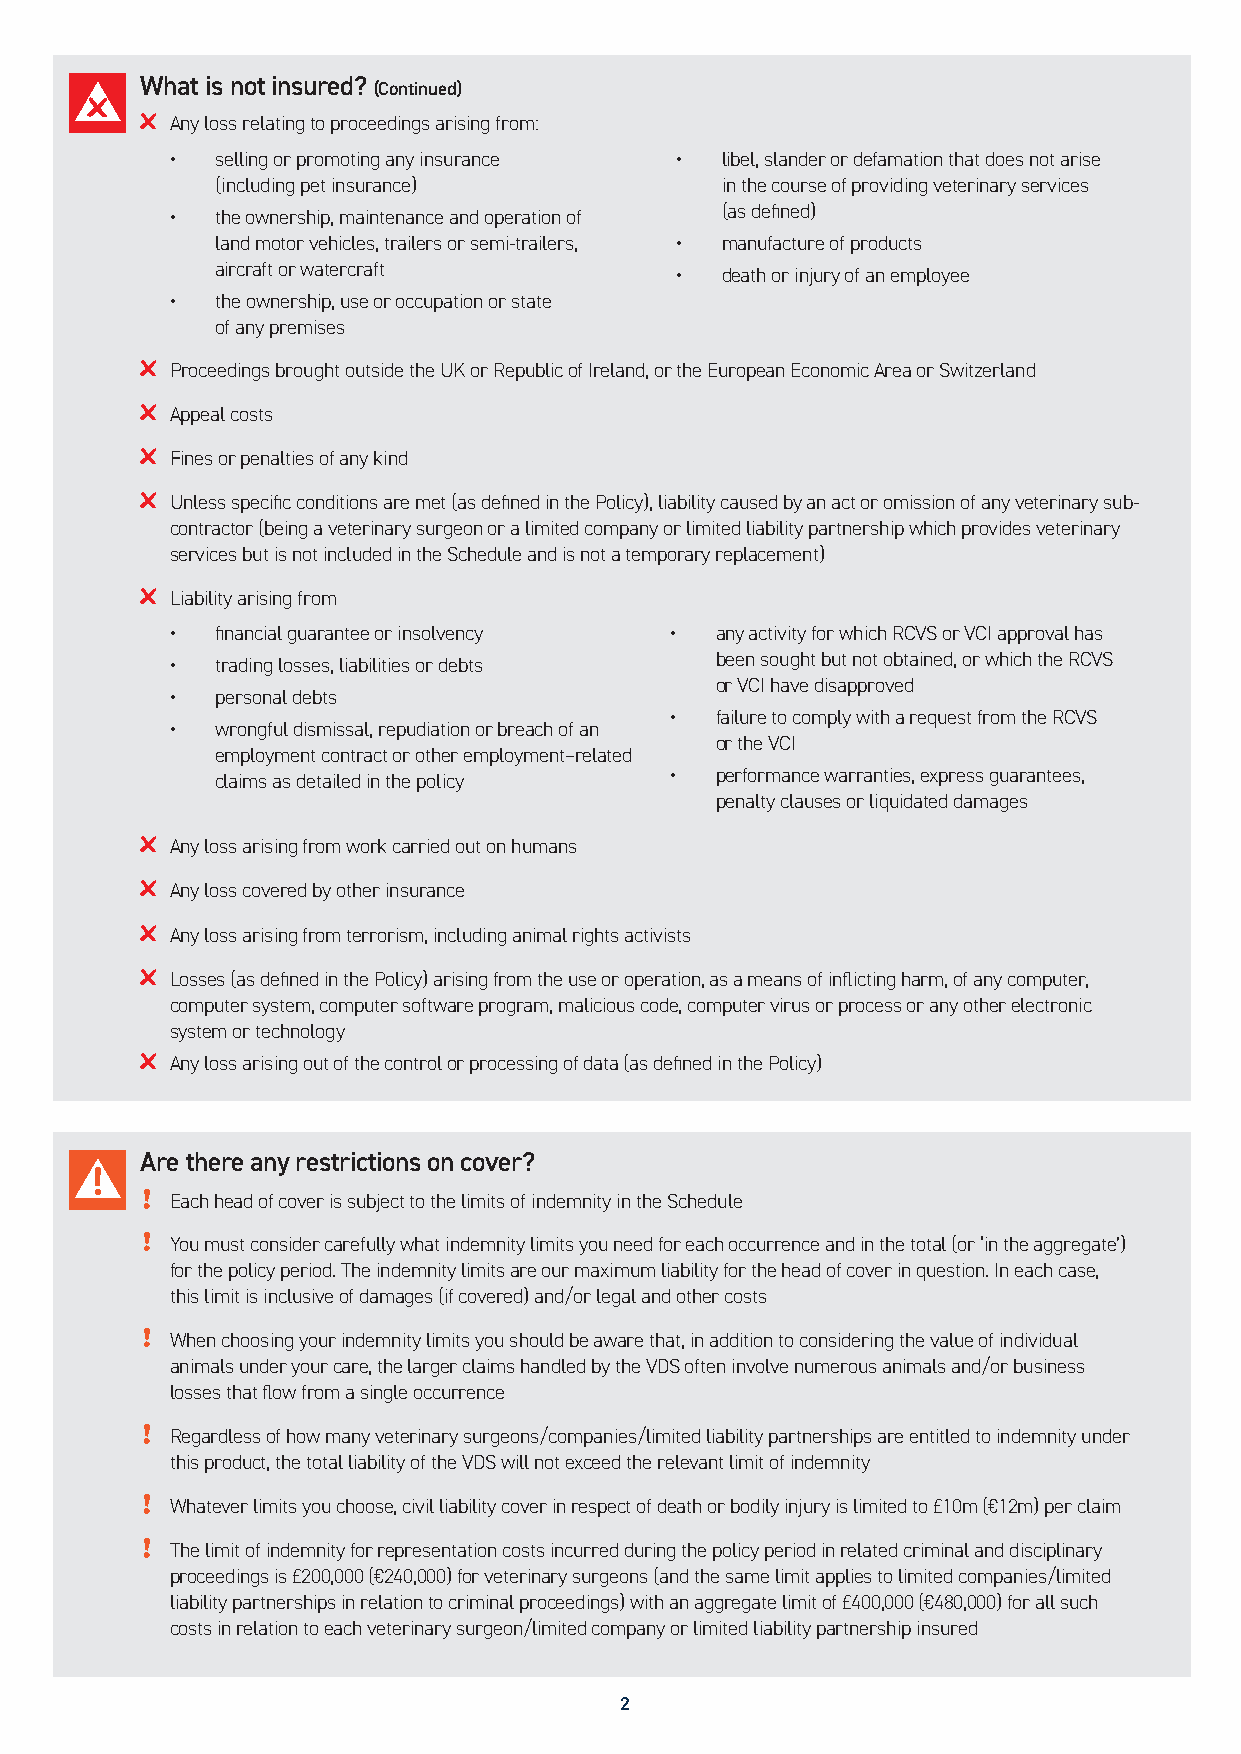
What is not insured? (Continued)
 Any loss relating to proceedings arising from:
 •  s elling or promoting any insurance • l ibel, slander or defamation that does not arise
 (including pet insurance)         in the course of providing veterinary services
 •  t he ownership, maintenance and operation of (as defined)
 land motor vehicles, trailers or semi-trailers, • manufacture of products
 aircraft or watercraft         •  death or injury of an employee
 •  t he ownership, use or occupation or state
 of any premises
 Proceedings brought outside the UK or Republic of Ireland, or the European Economic Area or Switzerland
 Appeal costs
 Fines or penalties of any kind
 Unless specific conditions are met (as defined in the Policy), liability caused by an act or omission of any veterinary sub-
 contractor (being a veterinary surgeon or a limited company or limited liability partnership which provides veterinary
 services but is not included in the Schedule and is not a temporary replacement)
 Liability arising from
 •  financial guarantee or insolvency • a ny activity for which RCVS or VCI approval has
 •  trading losses, liabilities or debts been sought but not obtained, or which the RCVS
 or VCI have disapproved
 •  personal debts
 •  f ailure to comply with a request from the RCVS
 •  w rongful dismissal, repudiation or breach of an
 or the VCI
 employment contract or other employment–related
 claims as detailed in the policy • p erformance warranties, express guarantees,
 penalty clauses or liquidated damages
 Any loss arising from work carried out on humans
 Any loss covered by other insurance
 Any loss arising from terrorism, including animal rights activists
 Losses (as defined in the Policy) arising from the use or operation, as a means of inflicting harm, of any computer,
 computer system, computer software program, malicious code, computer virus or process or any other electronic
 system or technology
 Any loss arising out of the control or processing of data (as defined in the Policy)
 Are there any restrictions on cover?
 Each head of cover is subject to the limits of indemnity in the Schedule
 You must consider carefully what indemnity limits you need for each occurrence and in the total (or ‘in the aggregate’)
 for the policy period. The indemnity limits are our maximum liability for the head of cover in question. In each case,
 this limit is inclusive of damages (if covered) and/or legal and other costs
 When choosing your indemnity limits you should be aware that, in addition to considering the value of individual
 animals under your care, the larger claims handled by the VDS often involve numerous animals and/or business
 losses that flow from a single occurrence
 Regardless of how many veterinary surgeons/companies/limited liability partnerships are entitled to indemnity under
 this product, the total liability of the VDS will not exceed the relevant limit of indemnity
 Whatever limits you choose, civil liability cover in respect of death or bodily injury is limited to £10m (€12m) per claim
 The limit of indemnity for representation costs incurred during the policy period in related criminal and disciplinary
 proceedings is £200,000 (€240,000) for veterinary surgeons (and the same limit applies to limited companies/limited
 liability partnerships in relation to criminal proceedings) with an aggregate limit of £400,000 (€480,000) for all such
 costs in relation to each veterinary surgeon/limited company or limited liability partnership insured
 2